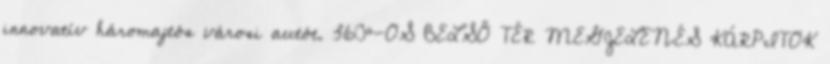
innovatív háromajtós városi autót. 360°-OS BELSŐ TÉR MEGJELENÉS KÁRPITOK